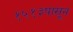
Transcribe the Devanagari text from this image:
१५१३पासून